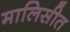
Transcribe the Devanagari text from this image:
मालिसीत